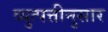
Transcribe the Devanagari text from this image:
व्युत्पत्तीनुसार